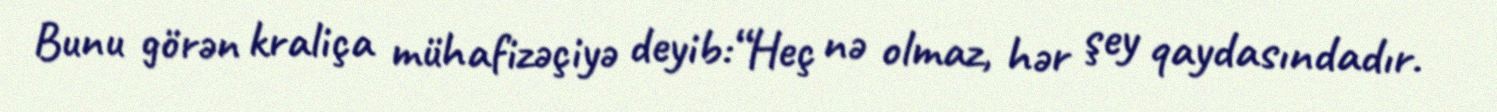
Bunu görən kraliça mühafizəçiyə deyib:“Heç nə olmaz, hər şey qaydasındadır.